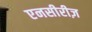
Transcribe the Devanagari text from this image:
एनसीरीज़